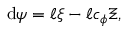
\mathrm { d } \psi = \ell \xi - \ell c _ { \phi } \Xi ,